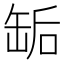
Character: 缿